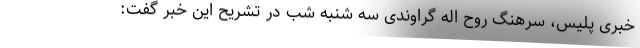
خبری پلیس، سرهنگ روح اله گراوندی سه شنبه شب در تشریح این خبر گفت: